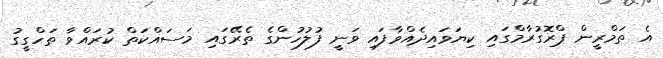
އެ ތަމްރީން ޕްރޮގުރާމްގައި ކިޔަވައިދެއްވާފައި ވަނީ ފުލުހުންގެ ތެރޭގައި މަސައްކަތް ކުރައްވާ ތަހްގީގު